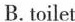
B. toilet